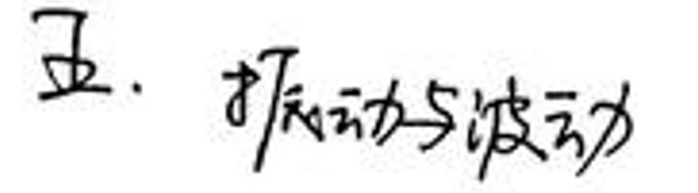
五. 振动与波动